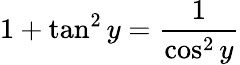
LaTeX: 1+\tan^{2}y=\frac{1}{\cos^{2}y}